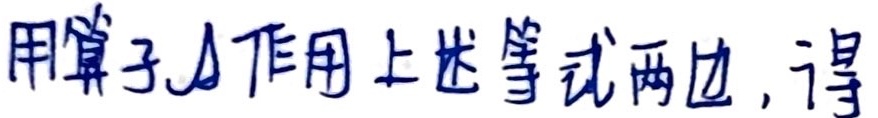
用算子$\Delta$作用上述等式两边，得